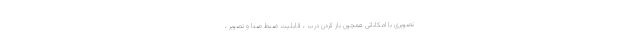
تصویری با امکاناتی همچون باز کردن درب ، قابلیت ضبط صدا و تصویر ،